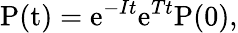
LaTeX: \mathrm{P(t)}=\mathrm{e}^{-It}\mathrm{e}^{Tt}\mathrm{P(0)},